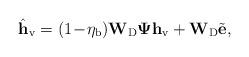
LaTeX: \begin{align*}\hat{\mathbf{h}}_{\rm v}=(1\!-\!\eta_{\rm b})\mathbf{W}_{\rm D}\mathbf{\Psi}\mathbf{h}_{\rm v}+\mathbf{W}_{\rm D}\tilde{\mathbf{e}},\end{align*}